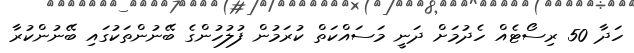
ހަދާ 50 ރިސޯޓެއް ހެދުމަށް ދަނީ މަސައްކަތް ކުރަމުން ފުލުހުންގެ ބޭނުންތަކުގައި ބޭނުންކުރާ